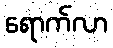
ရောက်လာ